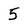
Character: 5